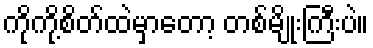
ကိုကို့စိတ်ထဲမှာတော့ တစ်မျိုးကြီးပဲ။